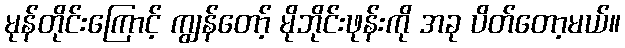
မုန်တိုင်းကြောင့် ကျွန်တော့် မိုဘိုင်းဖုန်းကို အခု ပိတ်တော့မယ်။